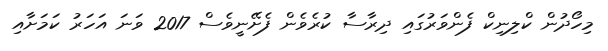
މިހޯދުން ކްލިނިކް ފެންވަރުގައި ދިރާސާ ކުރެވެން ފެށޭނީވެސް 2017 ވަނަ އަހަރު ކަމަށާއި